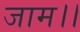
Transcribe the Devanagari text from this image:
जाम।।